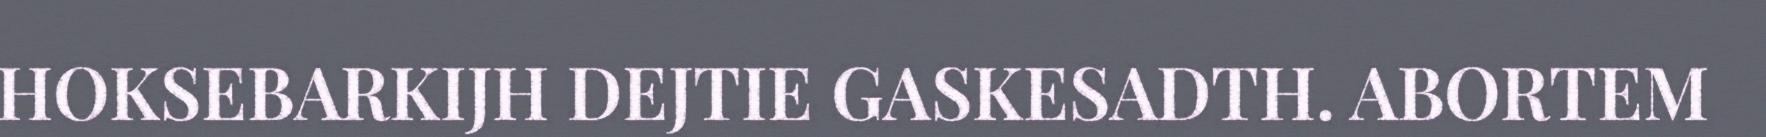
HOKSEBARKIJH DEJTIE GASKESADTH. ABORTEM